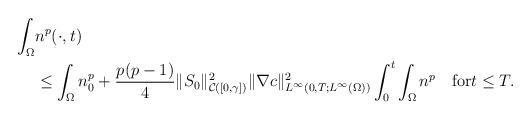
LaTeX: \begin{align*}\begin{aligned}\int_{\Omega}&n^{p}(\cdot,t)\\&\le \int_{\Omega}n_{0}^{p}+\frac{p(p-1)}{4} \|S_{0}\|_{\mathcal{C}([0,\gamma])}^{2}\|\nabla c\|_{L^{\infty}(0,T;L^{\infty}(\Omega))}^{2}\int_{0}^{t}\int_{\Omega}n^{p} \quad\mbox{for}t\le T.\end{aligned}\end{align*}